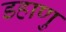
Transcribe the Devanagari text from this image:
डहाणु